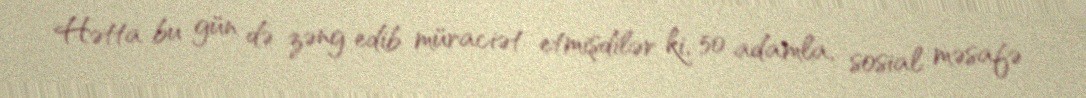
Hətta bu gün də zəng edib müraciət etmişdilər ki, 50 adamla, sosial məsafə